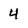
Character: 4